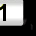
Digit: 1